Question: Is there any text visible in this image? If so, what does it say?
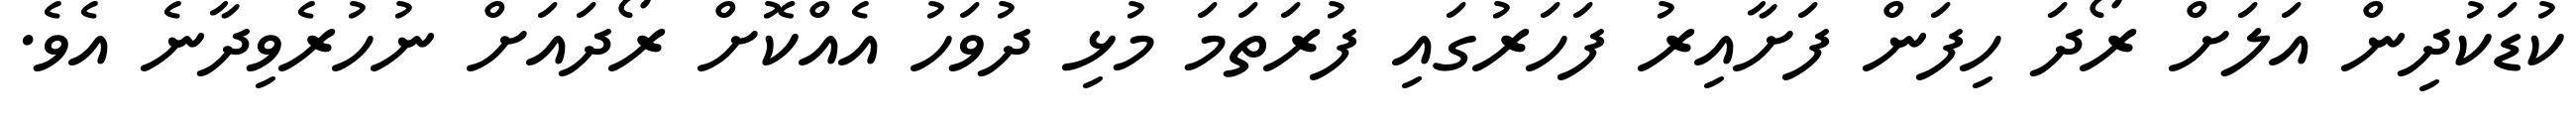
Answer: ކުޑަކުދިން އަލަށް ރޯދަ ހިފަން ފަށާއިރު ފަހަރުގައި ފުރަތަމަ މުޅި ދުވަހު އެއްކޮށް ރޯދައަށް ނުހުރެވިދާނެ އެވެ.